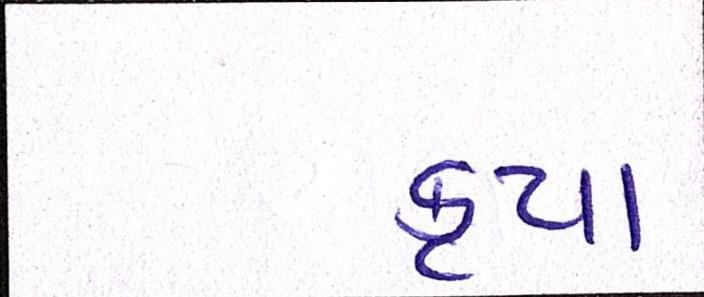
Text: કૃપા